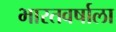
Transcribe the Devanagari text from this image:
भारतवर्षाला